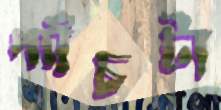
প্যাঁচটা